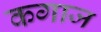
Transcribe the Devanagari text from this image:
कगाज